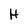
Character: H